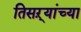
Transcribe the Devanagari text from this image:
तिसऱ्यांच्या